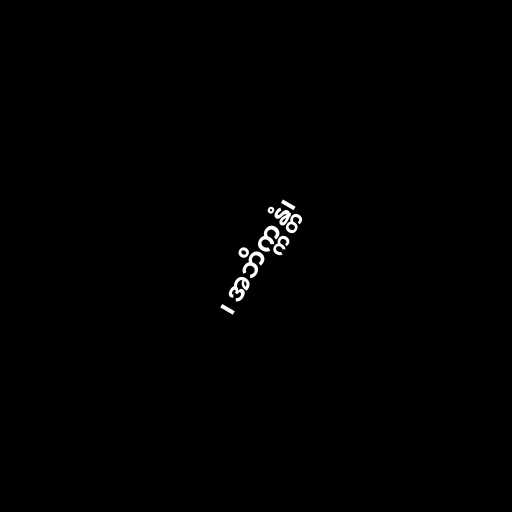
၊ အဘိက္ကန္တံ၊